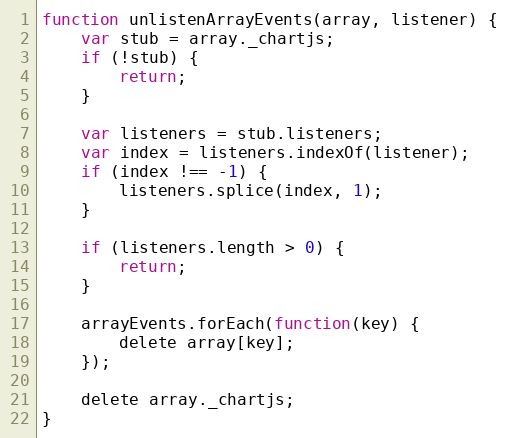
Language: JavaScript
function unlistenArrayEvents(array, listener) {
	var stub = array._chartjs;
	if (!stub) {
		return;
	}

	var listeners = stub.listeners;
	var index = listeners.indexOf(listener);
	if (index !== -1) {
		listeners.splice(index, 1);
	}

	if (listeners.length > 0) {
		return;
	}

	arrayEvents.forEach(function(key) {
		delete array[key];
	});

	delete array._chartjs;
}